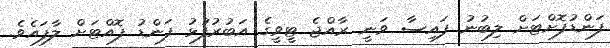
ފަންޑުފޮށްޓަށް ލިބުނު ފައިސާ ވަނީ ރާއްޖެ ޓީވީގެ އަބުރުފުޅު ފަންޑު ފޮއްޓަށް ލާފައެވެ.